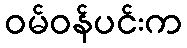
ဝမ်ဝန်ပင်းက